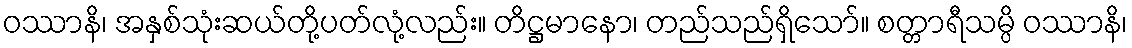
ဝဿာနိ၊ အနှစ်သုံးဆယ်တို့ပတ်လုံ့လည်း။ တိဋ္ဌမာနော၊ တည်သည်ရှိသော်။ စတ္တာရီသမ္ပိ ဝဿာနိ၊